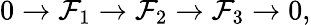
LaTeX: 0\to{\mathcal{F}}_{1}\to{\mathcal{F}}_{2}\to{\mathcal{F}}_{3}\to 0,